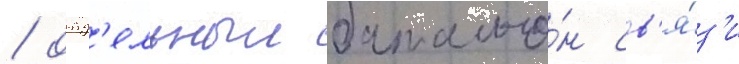
/ отд'ельныи батальо́н св'я́з'и